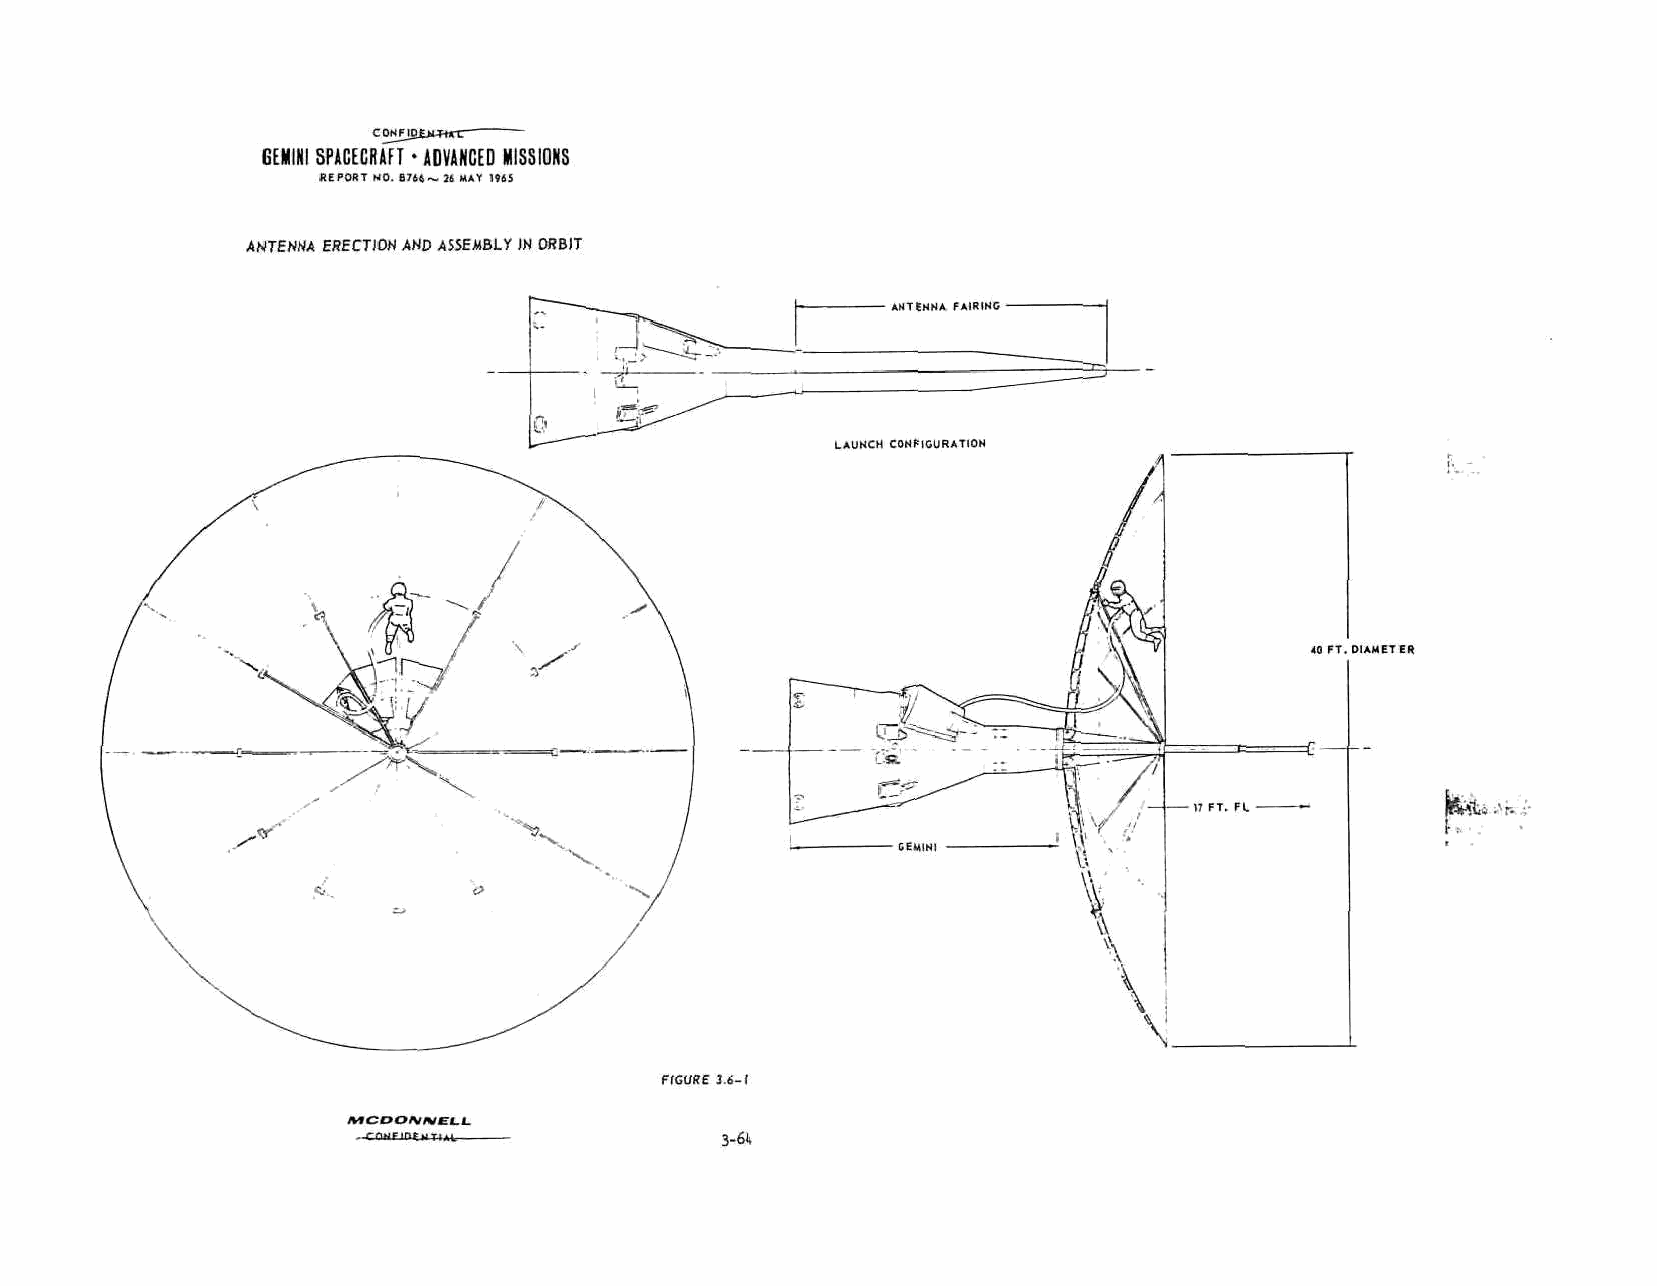
GEMINI SPACECRAFT • ADVANCED MISSIONS
 REPORT NO. B746~ 3« MAT U6S
 ANTENNA ERECTION AND ASSEMBLY IN ORBIT
 ANTENNA FAIRING
 LAUNCH CONFIGURATION
 FIGURE 3 6-1
 MCDOrvrvtSL.L.
 - rnwFinf MTIAI.        3-6U